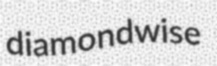
diamondwise